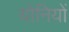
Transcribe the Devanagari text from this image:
योनियों